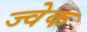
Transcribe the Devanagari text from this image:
ज्वेक